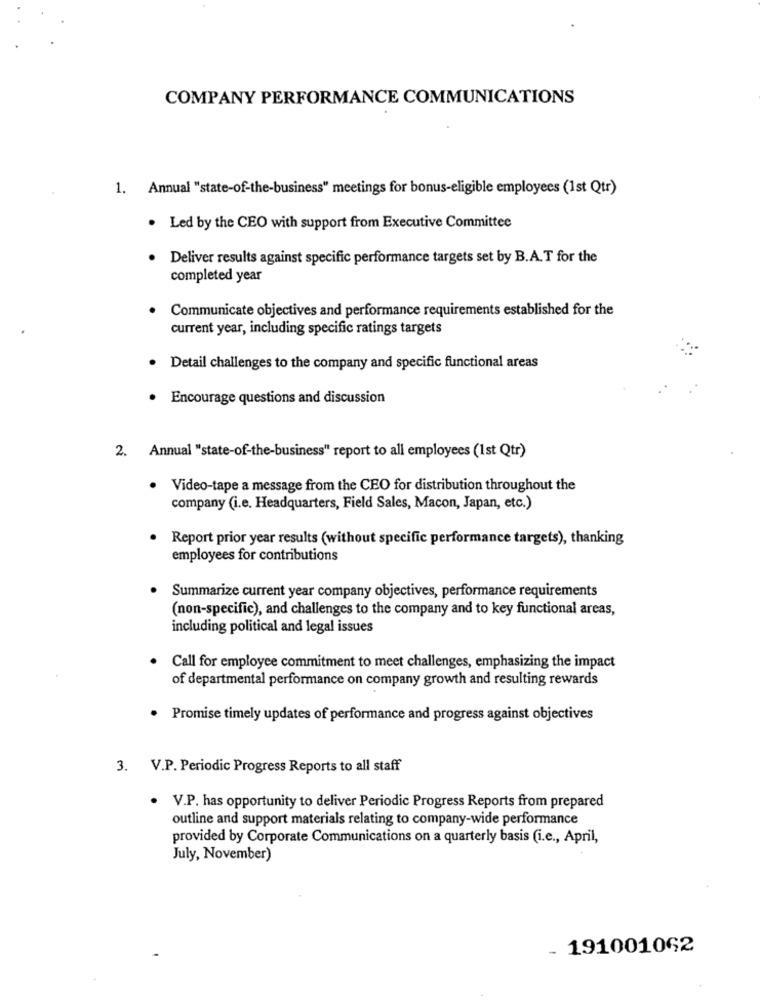
COMPANY PERFORMANCE COMMUNICATIONS
1. Annual "state-of-the-business" meetings for bonus-eligible employees (1st Qtr)
. Led by the CEO with support from Executive Committee
Deliver results against specific performance targets set by B.A.T for the
completed year
Communicate objectives and performance requirements established for the
current year, including specific ratings targets
· Detail challenges to the company and specific functional areas
· Encourage questions and discussion
2. Annual "state-of-the-business" report to all employees (1st Qtr)
Video-tape a message from the CEO for distribution throughout the
company (i.e. Headquarters, Field Sales, Macon, Japan, etc.)
Report prior year results (without specific performance targets), thanking
employees for contributions
Summarize current year company objectives, performance requirements
(non-specific), and challenges to the company and to key functional areas,
including political and legal issues
Call for employee commitment to meet challenges, emphasizing the impact
of departmental performance on company growth and resulting rewards
·Promise timely updates of performance and progress against objectives
3. V.P. Periodic Progress Reports to all staff
V.P. has opportunity to deliver Periodic Progress Reports from prepared
outline and support materials relating to company-wide performance
provided by Corporate Communications on a quarterly basis (i.e ., April,
July, November)
- 191001062